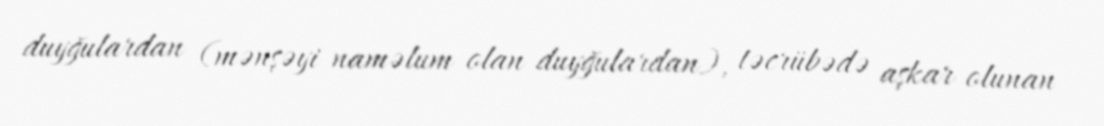
duyğulardan (mənşəyi naməlum olan duyğulardan), təcrübədə aşkar olunan